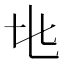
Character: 𬼙